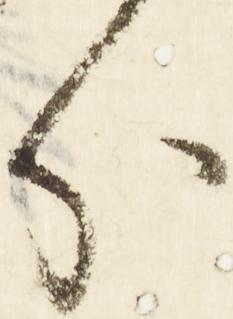
分